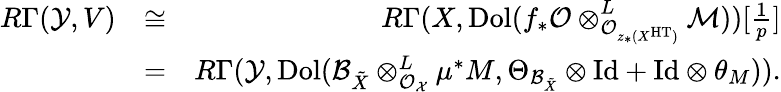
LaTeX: \begin{array}{rlr}{R\Gamma(\mathcal{Y},V)}&{\cong}&{R\Gamma(X,\mathrm{Dol}(f_{\ast}\mathcal{O}\otimes_{\mathcal{O}_{z_{\ast}(X^{\mathrm{HT}})}}^{L}\mathcal{M}))[\frac{1}{p}]}\\ &{=}&{R\Gamma(\mathcal{Y},\mathrm{Dol}(\mathcal{B}_{\tilde{X}}\otimes_{\mathcal{O}_{\mathcal X}}^{L}\mu^{\ast}M,\Theta_{\mathcal{B}_{\tilde{X}}}\otimes\mathrm{Id}+\mathrm{Id}\otimes\theta_{M})).}\end{array}